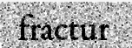
fractur